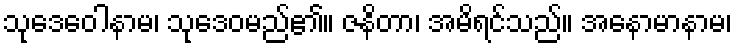
သုဒေဝေါနာမ၊ သုဒေဝမည်၏။ ဇနိတာ၊ အမိရင်သည်။ အနောမာနာမ၊